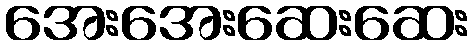
အေးအေးဆေးဆေး